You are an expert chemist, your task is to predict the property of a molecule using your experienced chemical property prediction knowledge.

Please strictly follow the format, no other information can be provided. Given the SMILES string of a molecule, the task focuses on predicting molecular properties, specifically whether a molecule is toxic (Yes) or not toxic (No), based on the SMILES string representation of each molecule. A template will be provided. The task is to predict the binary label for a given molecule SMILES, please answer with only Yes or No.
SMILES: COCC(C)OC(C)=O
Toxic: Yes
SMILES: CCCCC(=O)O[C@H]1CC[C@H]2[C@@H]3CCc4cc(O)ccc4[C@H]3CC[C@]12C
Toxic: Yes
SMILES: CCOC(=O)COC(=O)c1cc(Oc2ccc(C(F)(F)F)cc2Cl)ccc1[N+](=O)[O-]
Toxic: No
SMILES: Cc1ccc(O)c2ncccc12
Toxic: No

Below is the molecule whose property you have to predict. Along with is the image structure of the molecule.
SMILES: CC1=CC(=O)[N-]S(=O)(=O)O1
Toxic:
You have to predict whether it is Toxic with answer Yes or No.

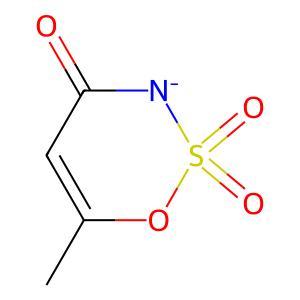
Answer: No